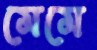
মেমে